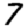
Digit: 7